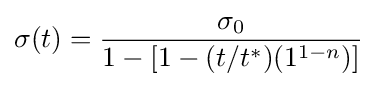
\sigma (t)={\frac {\sigma _{0}}{1-[1-(t/t^{*})(1^{1-n})]}}